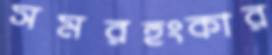
সমরহুংকার